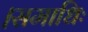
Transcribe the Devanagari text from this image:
।समाधिः